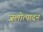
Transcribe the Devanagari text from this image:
जलोत्पादन